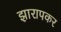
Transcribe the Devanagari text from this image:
झारापकर